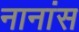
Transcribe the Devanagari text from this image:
नानांस